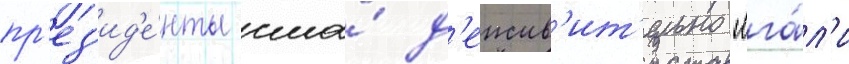
пр'ез'ид'е́нты сша́ д'еиств'ит'ельно "лга́л'и